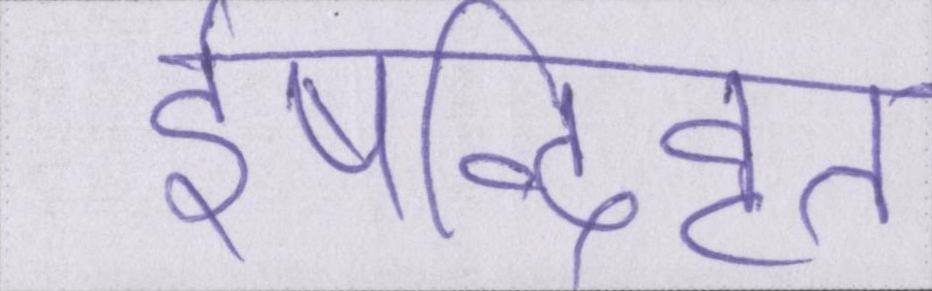
ईषद्विवृत